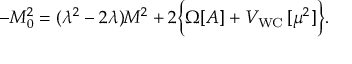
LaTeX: - M _ { 0 } ^ { 2 } = ( \lambda ^ { 2 } - 2 \lambda ) M ^ { 2 } + 2 \Bigl \{ \Omega [ A ] + V _ { \mathrm { W C } } \, [ \mu ^ { 2 } ] \Bigr \} .